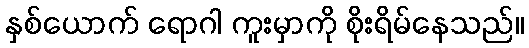
နှစ်ယောက် ရောဂါ ကူးမှာကို စိုးရိမ်နေသည်။